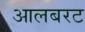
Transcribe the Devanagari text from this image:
आलबरट